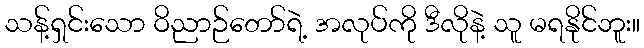
သန့်ရှင်းသော ဝိညာဉ်တော်ရဲ့ အလုပ်ကို ဒီလိုနဲ့ သူ မရနိုင်ဘူး။